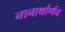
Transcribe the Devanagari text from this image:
नानार्थार्णव